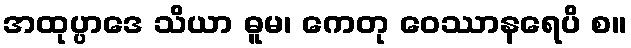
အထုပ္ပာဒေ သိယာ ဓူမ၊ ကေတု ဝေဿာနရေပိ စ။